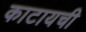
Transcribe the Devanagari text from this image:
काटायची